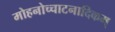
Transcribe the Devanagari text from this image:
मोहनोच्चाटनादिकम्